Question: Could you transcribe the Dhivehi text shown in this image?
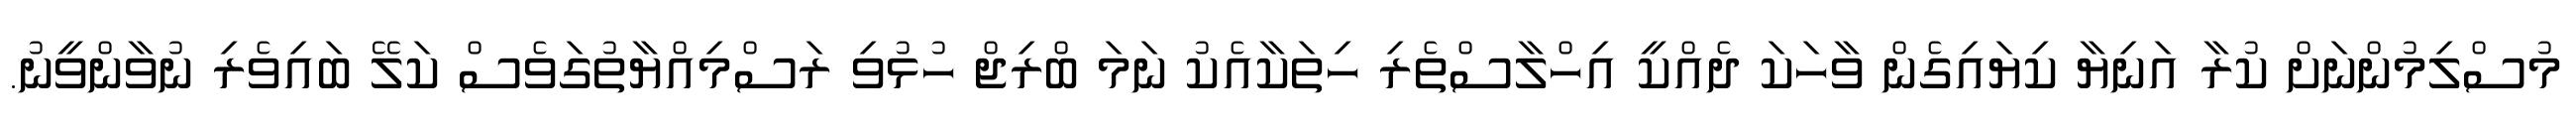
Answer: މުސްލިމުންނަށް ކުރާ އަނިޔާ ކިޔައިގެން ވާހަކަ ދެއްކީ އިހްލާސްތެރި ހިތަކާއެކު ނަމަ ބްރިޖް ހުޅުވި ރަސްމިއްޔާތުގަވެސް ކަލޭ ބައިވެރި ނުވާންވީނު.